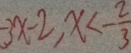
- 3 x - 2 , x < - \frac { 2 } { 3 }